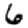
Digit: 6